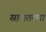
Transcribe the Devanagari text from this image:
सालतल्या